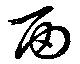
面